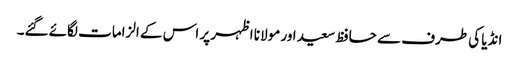
انڈیا کی طرف سے حافظ سعید اور مولانا اظہر پر اس کے الزامات لگائے گئے۔